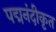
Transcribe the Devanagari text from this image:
पद्मनंदीकृत